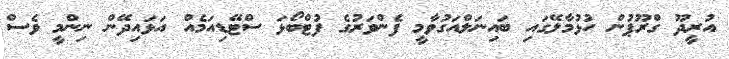
އުރީދޫ ގްރޫޕުން ހުޅުމާލޭގައި ބައިނަލްއަގުވާމީ ފެންވަރުގެ ފުޓްބޯޅަ ސްޓޭޑިއަމެއް އަޅައިދޭން ނިންމީ ވެސް